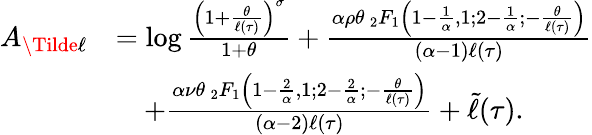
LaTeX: \begin{array}{rl}{A_{\Tilde\ell}}&{=\log\frac{\left(1+\frac{\theta}{\ell(\tau)}\right)^{\sigma}}{1+\theta}+\frac{\alpha\rho\theta~{_2F_{1}}\left(1-\frac{1}{\alpha},1;2-\frac{1}{\alpha};-\frac{\theta}{\ell(\tau)}\right)}{(\alpha-1)\ell(\tau)}}\\ &{\quad+\frac{\alpha\nu\theta~{_2F_{1}}\left(1-\frac{2}{\alpha},1;2-\frac{2}{\alpha};{-\frac{\theta}{\ell(\tau)}}\right)}{(\alpha-2)\ell(\tau)}+\tilde{\ell}(\tau).}\end{array}